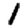
Digit: 1